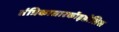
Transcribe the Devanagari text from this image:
तंत्रिकासारकॉइडोसिस